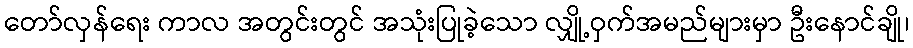
တော်လှန်ရေး ကာလ အတွင်းတွင် အသုံးပြုခဲ့သော လျှို့ဝှက်အမည်များမှာ ဦးနောင်ချို၊